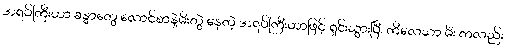
အရပ်ကြီးဟာ ခန္ဓာတွေ လောင်စာနဲ့မီးတွဲ နေတဲ့ အရပ်ကြီးဟာဖြင့် ရှင်းသွားပြီ၊ ကိလေသာ မီး ကလည်း